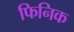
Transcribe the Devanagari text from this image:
फिनिक